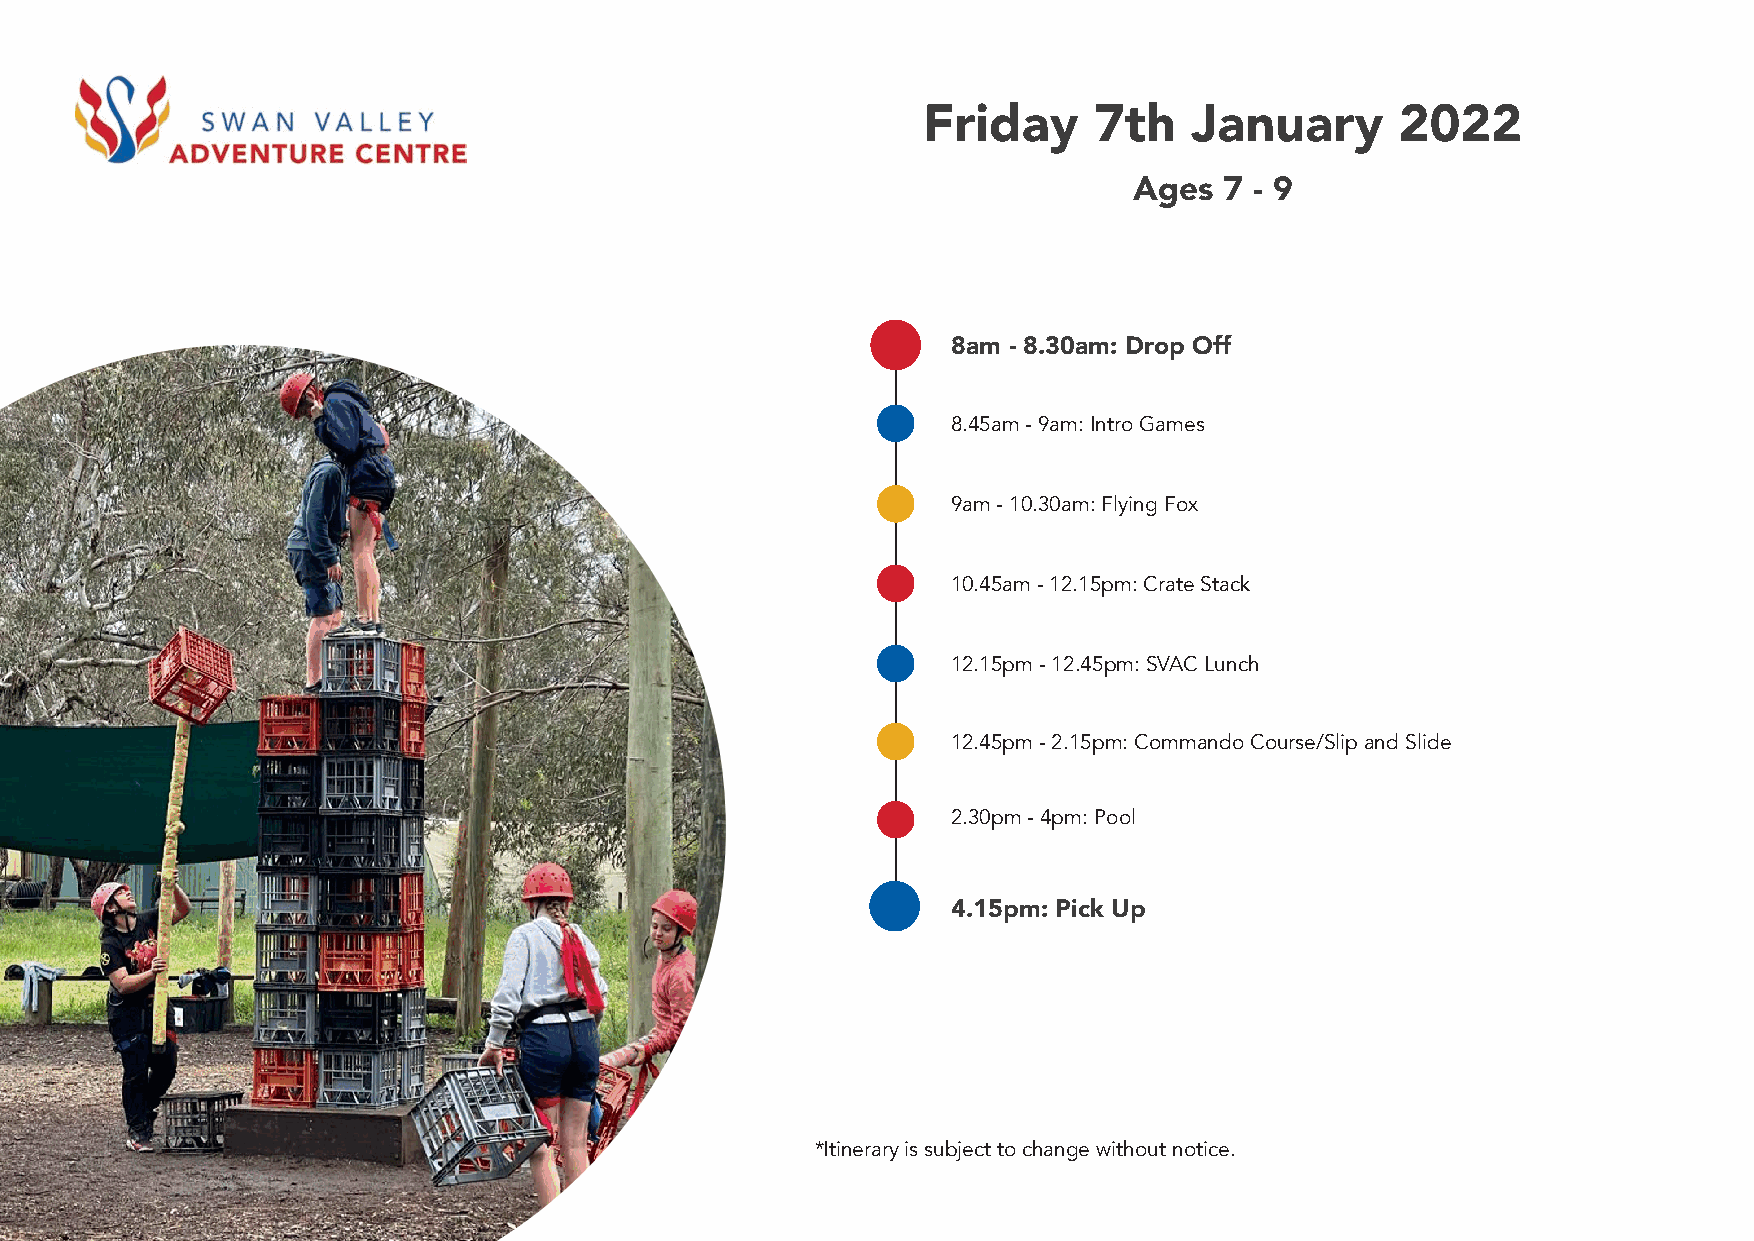
Friday     7th    January       2022
 Ages  7 - 9
 8am - 8.30am: Drop Off
 8.45am - 9am: Intro Games
 9am - 10.30am: Flying Fox
 10.45am - 12.15pm: Crate Stack
 12.15pm - 12.45pm: SVAC Lunch
 12.45pm - 2.15pm: Commando Course/Slip and Slide
 2.30pm - 4pm: Pool
 4.15pm: Pick Up
 *Itinerary is subject to change without notice.